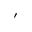
^ \prime